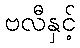
ဗလီနှင့်